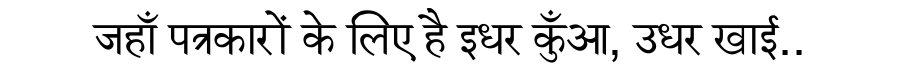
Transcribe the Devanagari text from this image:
जहाँ पत्रकारों के लिए है इधर कुँआ, उधर खाई..